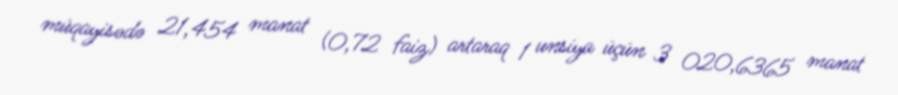
müqayisədə 21,454 manat (0,72 faiz) artaraq 1 unsiya üçün 3 020,6365 manat